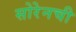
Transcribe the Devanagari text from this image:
सोरेनची